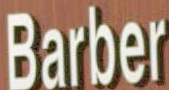
Barber